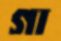
গা